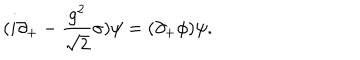
LaTeX: { ( i \partial _ { + } - { \frac { g ^ { 2 } } { \sqrt { 2 } } } \sigma ) \psi = ( \partial _ { + } \phi ) \psi . }